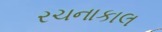
રચનાકાલ